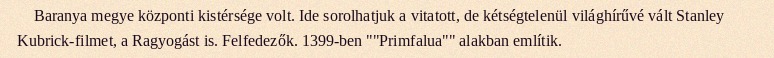
Baranya megye központi kistérsége volt. Ide sorolhatjuk a vitatott, de kétségtelenül világhírűvé vált Stanley Kubrick-filmet, a Ragyogást is. Felfedezők. 1399-ben ""Primfalua"" alakban említik.